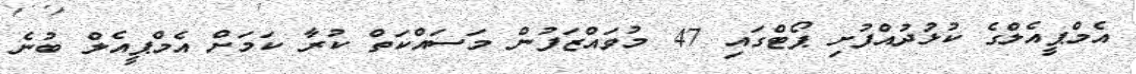
އެމްޕީއެލްގެ ކުޅުދުއްފުށި ޕޯޓްގައި 47 މުވައްޒަފުން މަސައްކަތް ކުރާ ކަމަށް އެމްޕީއެލް ބުނެ